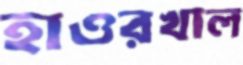
হাওরখাল